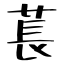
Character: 萇